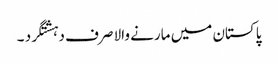
پاکستان میں مارنے والا صرف دہشتگرد ۔